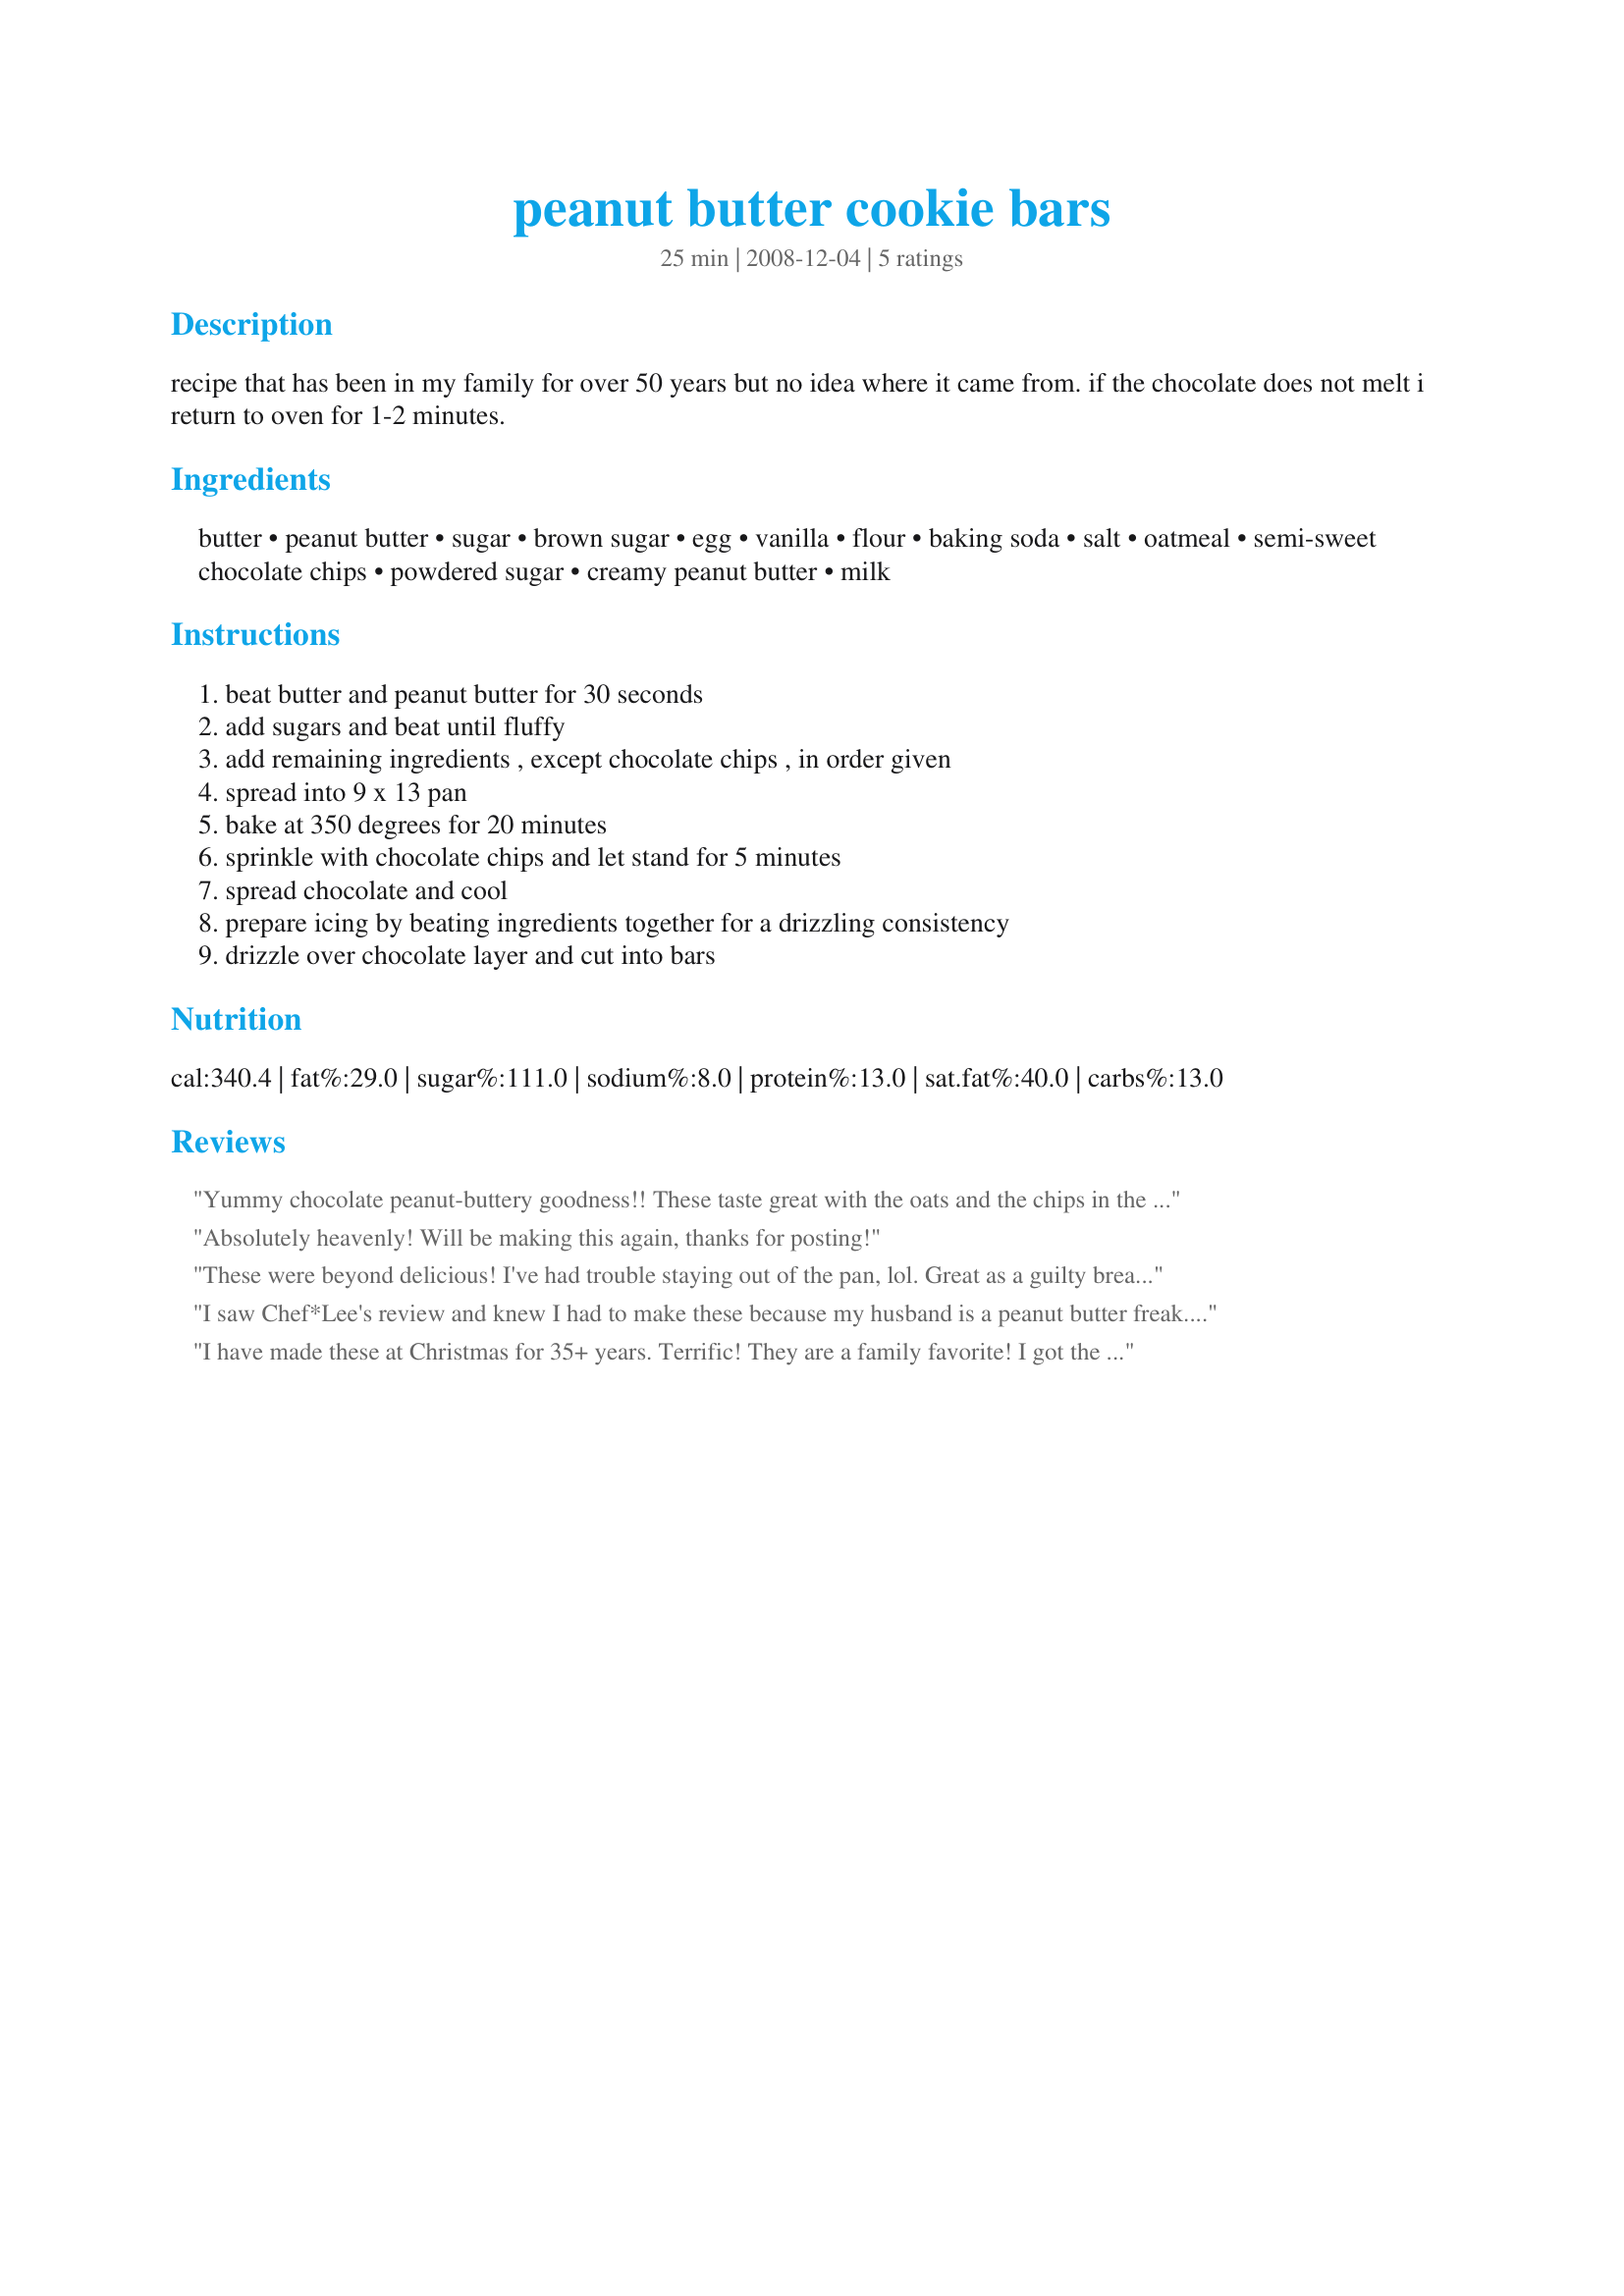
peanut butter cookie bars
Preparation time: 25 minutes

recipe that has been in my family for over 50 years but no idea where it came from. if the chocolate does not melt i return to oven for 1-2 minutes.

Ingredients:
butter, peanut butter, sugar, brown sugar, egg, vanilla, flour, baking soda, salt, oatmeal, semi-sweet chocolate chips, powdered sugar, creamy peanut butter, milk

Steps:
beat butter and peanut butter for 30 seconds, add sugars and beat until fluffy, add remaining ingredients , except chocolate chips , in order given, spread into 9 x 13 pan, bake at 350 degrees for 20 minutes, sprinkle with chocolate chips and let stand for 5 minutes, spread chocolate and cool, prepare icing by beating ingredients together for a drizzling consistency, drizzle over chocolate layer and cut into bars

Reviews:
Yummy chocolate peanut-buttery goodness!! These taste great with the oats and the chips in the bars then the layer of chocolate and creamy peanut frosting glaze on top!!! Very moist and goeey!!! Thanks for the recipe!!!
Absolutely heavenly! Will be making this again, thanks for posting!
These were beyond delicious! I've had trouble staying out of the pan, lol. Great as a guilty breakfast with a nice cup of coffee. Will make often.
I saw Chef*Lee's review and knew I had to make these because my husband is a peanut butter freak. He loved them! I added extra peanut butter, mixed in 1/2 c. peanut butter chips, and accidently mixed the chocolate chips in the batter. I just spread the remainder of the bag (4 oz.)on top and drizzled it with glaze. We enjoyed the extra chocolate & peanut butter and would make it the same way again. Thanks!
I have made these at Christmas for 35+ years. Terrific! They are a family favorite! I got the recipe from a McCalls cook book. I have found that if you make the peanut butter glaze as written, it never really hardens. If you heat the glaze and use a little less milk, it works perfectly.
